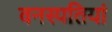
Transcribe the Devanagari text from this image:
वनस्‍पतियां